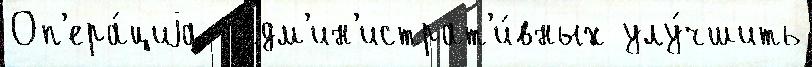
Оп'ера́циjа  адм'ин'истрат'и́вных улу́чшить